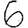
Digit: 6